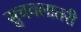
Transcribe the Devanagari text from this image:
सुचवलातरी